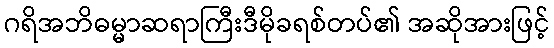
ဂရိအဘိဓမ္မာဆရာကြီးဒီမိုခရစ်တပ်၏ အဆိုအားဖြင့်